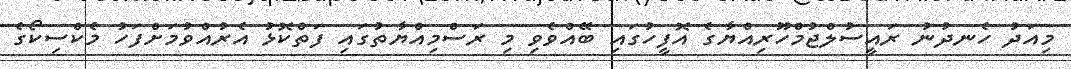
މިއަދު ހެނދުނު ރައީސުލްޖުމްހޫރިއްޔާގެ އޮފީހުގައި ބޭއްވެވި މި ރަސްމިއްޔާތުގައި ފަތްކޮޅު އެރުއްވުމަށްފަހު މެކްސިކޯގެ